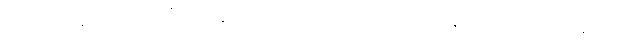
ယက်စ်မင်ရဲ့ အဆိုအရ အီတလီ နည်းပညာ ကျောင်း က တီကောင် စက်ရုပ်သစ် ပုံဖော်နိုင်မှုက